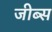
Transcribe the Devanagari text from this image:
जीब्स